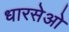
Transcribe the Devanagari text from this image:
धारसेओ